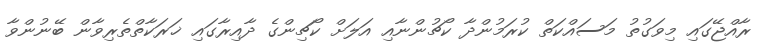
ރާއްޖޭގައި މިވަގުތު މަސައްކަތް ކުރަމުންދާ ކޯޗުންނާއި އަލަށް ކޯޗިންގެ ދާއިރާގައި ޚަރަކާތްތެރިވާން ބޭނުންވާ